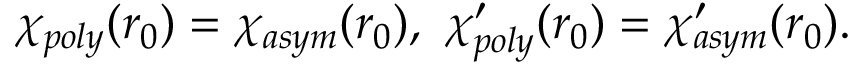
\chi _ { p o l y } ( r _ { 0 } ) = \chi _ { a s y m } ( r _ { 0 } ) , \ \chi _ { p o l y } ^ { \prime } ( r _ { 0 } ) = \chi _ { a s y m } ^ { \prime } ( r _ { 0 } ) .